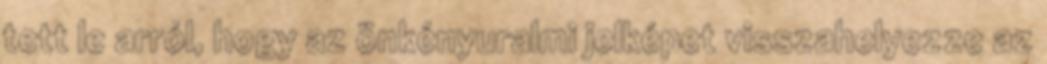
tett le arról, hogy az önkényuralmi jelképet visszahelyezze az